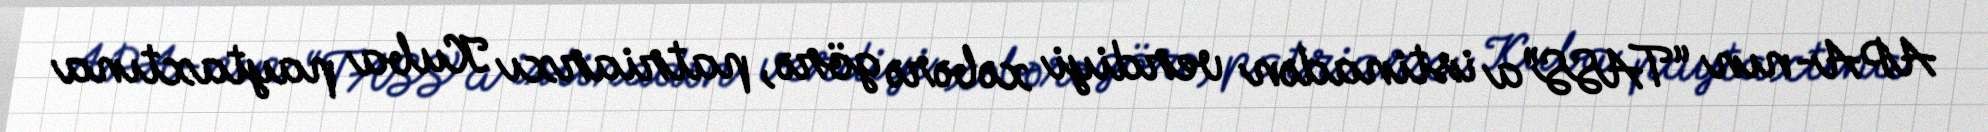
APA-nın “TASS”a istinadən verdiyi xəbərə görə, patriarxı Kuba paytaxtına